Martna_vallavalitsus, lk 26
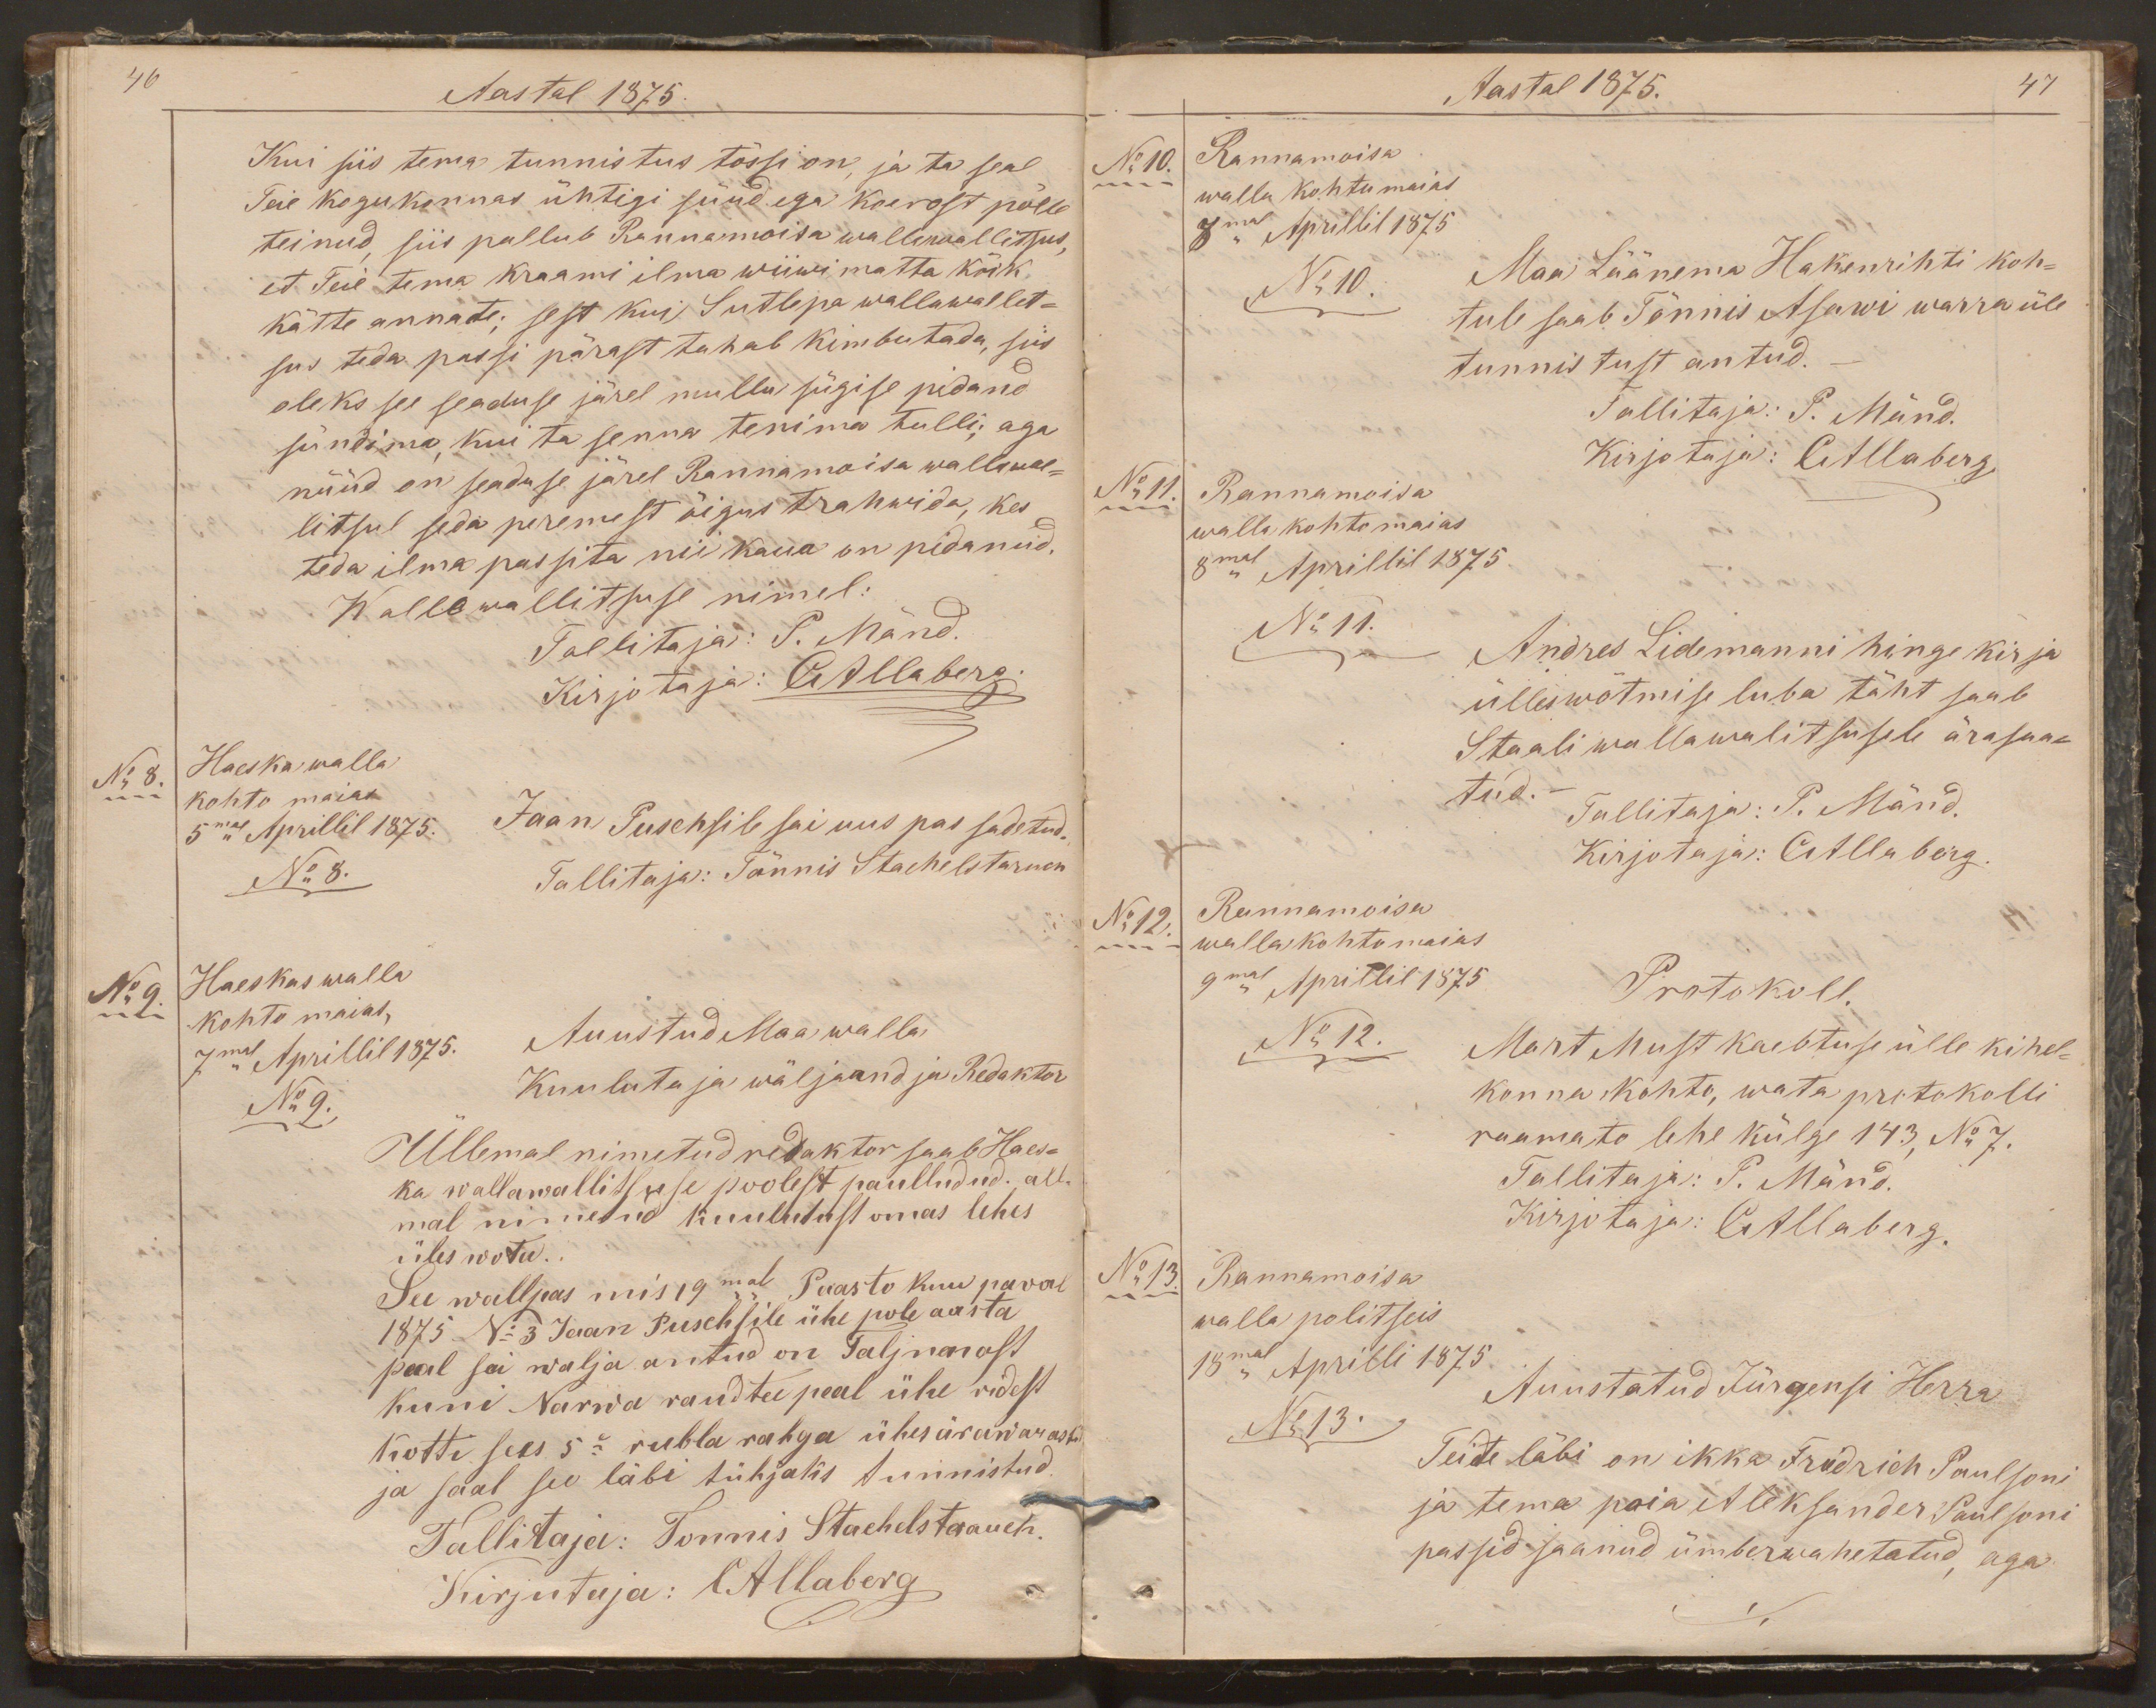
46
Aastal 1875.
Kui siis tema tunnistus tõssi on, ja ta seal
Teie kogukonnas ühtigi süüd ega koerost põlle
teinud, siis pallub Rannamoisa wallawallitsus
et Teie tema kraami ilma wiiwimatta kõik
kätte annate; sest kui Sutlepa wallawallet-
sus teda passi pärast tahab kimbutada, siis
oleks see seaduse järel mullu sügise pidand
sündima, kui ta senna tenima tulli; aga
nüüd on seaduse järel Rannamoisa wallawal-
litsul seda peremest õigus trahwida, kes
teda ilma passita nii kaua on pidanud.
Wallawallitsuse nimel:
Tallitaja: P. Mänd.
Kirjotaja: CAllaberg.
No 8.
Haeska walla
kohto maias
5mal Aprillil 1875.
Jaan Puschsile sai uus pas sadetud.
No 8.
Tallitaja: Tõnnis Stachelstaruch
No 9.
Haeska walla
kohto maias,
7mal Aprillil 1875.
Auustud Maa walla
No 9.
Kuulutaja wäljaandja Redaktor
Üllemal nimetud redaktor saab Haes-
ka wallawallitsuse poolest paulludud. all-
mal nimetud kuulutust omas lehes
üles wota.
See wallpas mis 19mal Paasto kuu paval
1875 No 3 Jaan Puschsile ühe pole aasta
peal sai walja antud on Taljnenast
kuni Narwa raudte peal ühe ridest
kotti sees 5e rubla rahga ühes ärawarastud
ja saab see läbi tühjaks tunnistud.
Tallitaja: Tonnis Stachelstrauch.
Kirjutaja: CAllaberg

Aastal 1875.
47
No 10.
Rannamoisa
walla kohtu maias.
8mal Aprillil 1875
No 10.
Maa Läänema Hakenrihti koh-
tule saab Tõnnis Asawi warra üle
tunnistust antud.
Tallitaja: P. Mänd.
No 11.
Kirjotaja: CAllaberg
Rannamoisa
walla kohto maias
8mal Aprillil 1875
No 11.
Andres Lidemanni hinge kirja
ülleswõtmise luba täht saab
Staali wallawalitsusele ärasaa-
tud. -
Tallitaja: P. Mänd.
Kirjotaja: CAllaberg.
No 12.
Rannamoisa
walla kohto maias
9mal Aprillil 1875
Protokoll.
No 12.
Mart Must kaebtuse ülle kihel-
konna kohto, wata protokolli
raamato lehe külge 143, No 7.
Tallitaja: P. Mänd.
Kirjotaja: CAllaberg.
No 13.
Rannamoisa
walla politseis
18mal Aprilli 1875
Auustatud Jürgensi Herra
No 13.
Teite läbi on ikka Friedrich Paulsoni
ja tema poia Aleksander Paulsoni
passid saanud ümberwahetatud, aga